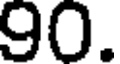
90.